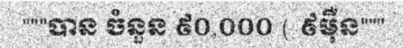
"""បាន ចំនួន ៩០,០០០ ( ៩ម៉ឺន"""